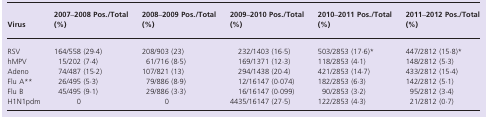
<table><thead><tr><td><b>Virus</b></td><td><b>2007–2008 Pos./Total (%)</b></td><td><b>2008–2009 Pos./Total (%)</b></td><td><b>2009–2010 Pos./Total (%)</b></td><td><b>2010–2011 Pos./Total (%)</b></td><td><b>2011–2012 Pos./Total (%)</b></td></tr></thead><tbody><tr><td>RSV</td><td>164/558 (29·4)</td><td>208/903 (23)</td><td>232/1403 (16·5)</td><td>503/2853 (17·6)*</td><td>447/2812 (15·8)*</td></tr><tr><td>hMPV</td><td>15/202 (7·4)</td><td>61/716 (8·5)</td><td>169/1371 (12·3)</td><td>118/2853 (4·1)</td><td>148/2812 (5·3)</td></tr><tr><td>Adeno</td><td>74/487 (15·2)</td><td>107/821 (13)</td><td>294/1438 (20·4)</td><td>421/2853 (14·7)</td><td>433/2812 (15·4)</td></tr><tr><td>Flu A**</td><td>26/495 (5·3)</td><td>79/886 (8·9)</td><td>12/16147 (0·074)</td><td>182/2853 (6·3)</td><td>142/2812 (5·1)</td></tr><tr><td>Flu B</td><td>45/495 (9·1)</td><td>29/886 (3·3)</td><td>16/16147 (0·099)</td><td>90/2853 (3·2)</td><td>95/2812 (3·4)</td></tr><tr><td>H1N1pdm</td><td>0</td><td>0</td><td>4435/16147 (27·5)</td><td>122/2853 (4·3)</td><td>21/2812 (0·7)</td></tr></tbody></table>